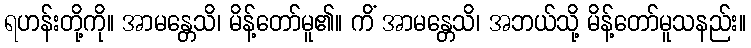
ရဟန်းတို့ကို။ အာမန္တေသိ၊ မိန့်တော်မူ၏။ ကိံ အာမန္တေသိ၊ အဘယ်သို့ မိန့်တော်မူသနည်း။